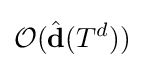
{\mathcal {O}}({\hat {\mathbf {d} }}(T^{d}))